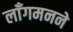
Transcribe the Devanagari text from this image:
लाँगमनने